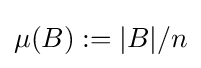
\mu (B):=|B|/n